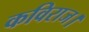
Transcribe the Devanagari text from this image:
कविराज।